Calcutta medical institutions reports 1879-81 [i.e.91]
Year: 1879
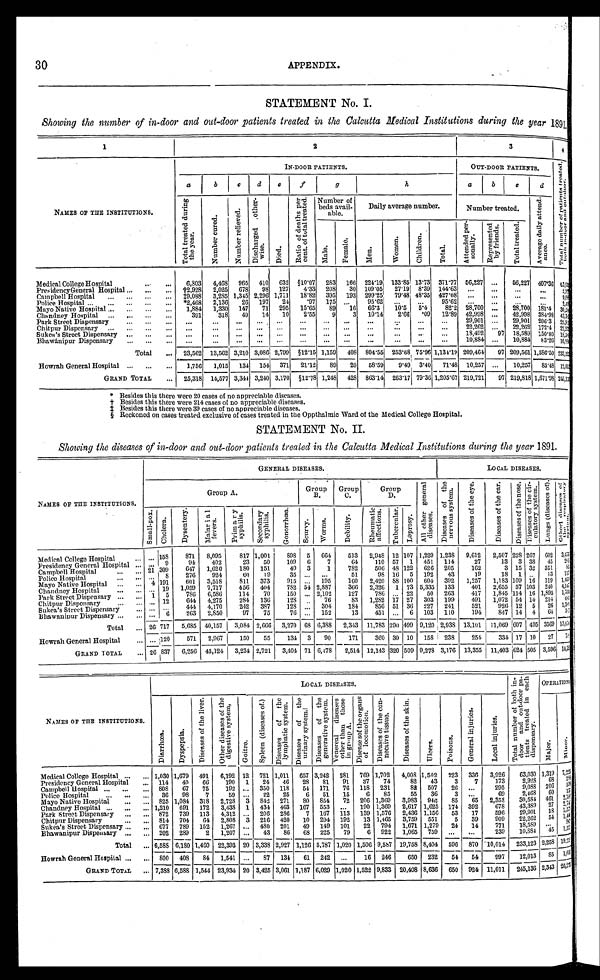
30
APPENDIX.
STATEMENT No. I.
Showing the number of in-door and out-door patients treated in the Calcutta Medical Institutions during the year 1891.
1
2
3
NAMES OF THE INSTITUTIONS.
IN-DOOR PATIENTS.
OUT-DOOR PATIENTS.
,
.,
T o t a l n u m b e r o f p a t i e n t s t r e a t e d , b o t h i n - d o o r a n d o u t - d o o r .
a
b
c
d
e
f
g
h
a
b
e
d
T o t a l t r e a t e d d u r i n g t h e y e a r .
N u m b e r c u r e d .
N u m b e r r e l i e v e d .
D i s c h a r g e d o t h e r - w i s e .
D i e d .
R a t i o o f d e a t h s p e r c e n t o f t o t a l t r e a t e d . Number of
beds avail-
able.
Daily average number.
Number treated.
A v e r a g e d a i l y a t t e n d - a n c e .
M a l e .
F e m a l e .
M e n .
Women.
C h i l d r e n .
T o t a l .
A t t e n d e d p e r - s o n a l l y .
R e p r e s e n t e d b y f r i e n d s .
T o t a l t r e a t e d .
Medical College Hospital . . .
6,803
4,468
965
410
632
§10.07
283
166 221.19 133.85 13.73 371.77 56,227
. . .
56,227 407.36
6 3 , < i l l e g i b l e >
PresidencyGencral Hospital . . .
†2,928
2,025
678
98
127
4.33
208
30 109.05
27.19
8.39 144.63
. . .
. . .
. . .
. . .
2 , 9 < i l l e g i b l e >
1,711
18.82
Campbell Hospital . . .
‡9,088
3,285 1,345 2,296
395
193 299.25
79.48 48.35 427.08
. . .
. . .
. . .
. . .
9 , < i l l e g i b l e >
Police Hospital . . .
*2,468
2,136
26
197
24
97
175 . . .
95.62
. . .
. . .
95.62
. . .
. . .
. . .
. . .
2 , 4 < i l l e g i b l e >
Mayo Native Hospital . . .
1,884
1,330
147
71
295
15.65
89
16
66.3
10.5
5.4
82.2 28,700
. . .
28,700 181.4 30, 5<i l l egi bl e>
Chandney Hospital . . .
391
318
49
14
10
2.55
9
3
10.14
2.66
09
12.89 42,998
. . .
42,998 384.98 43, 3<i l l egi bl e>
Park Street Dispensary . . .
. . .
. . .
. . .
. . .
. . .
. . .
. . .
. . .
. . .
. . .
. . .
29,901
. . .
29,901 206.3
2 9 , 9 < i l l e g i b l e >
Chitpur Dispensary . . .
. . .
. . .
. . .
. . .
. . .
. . .
. . .
. . .
. . . . . .
. . .
. . .
22,262
. . .
22,262 172.4 22, 2<i l l egi bl e>
Sukea's Street Dispensary . . .
. . .
. . .
. . .
. . .
. . .
. . .
. . .
. . .
. . .
. . .
. . .
. . .
18,492
97 18,589 150.80
1 8 , 5 < i l l e g i b l e >
Bhawanipur Dispensary . . .
. . .
. . .
. . .
. . .
. . .
. . .
. . .
. . .
. . .
. . .
. . .
. . .
10,884
. . .
10,884
83.26 10,884
Total . . .
23,562 13,562 3,210 3,086 2,799 §12.15 1,159
408 804.55 253.68 75.96 1,134.19 209,464
97 209,561 1,586.50 233,123
Howrah General Hospital . . .
1,756
1,015
134
154
371
21.12
89
20
5 8 . 5 9
9.49
3.40
71.48 10,257
. . .
10,257
85.48 12,013
GRAND TOTAL . . .
25,318
14,577 3,344 3,240 3,170
§12.78 1,248
428
863.14
263.17 79.36 1,205.67 219,721
97 219,818 1,671.98 245,136
* Besides this there were 20 cases of no appreciable diseases.
† Be s i de s t hi s t he r e we r e 214 c a s e s of no a ppr e c i a bl e di s e a s e s .
‡ B e s i d e s t h i s t h e r e w e r e 3 9 c a s e s o f n o a p p r e c i a b l e d i s e a s e s .
§ Reckoned on cases treated exclusive of cases treated in the Oppthalmic Ward of the Medical College Hospital.
STATEMENT No. II.
Showing the diseases of in-door and out-door patients treated in the Calcutta Medical Institutions during the year 1891.
NAMES OP THE INSTITUTIONS.
GENERAL DISEASES.
LOCAL DISEASES.
Group A.
Group
B .
Group
C .
Group
D.
A l l o t h e r g e n e r a l d i s e a s e s .
D i s e a s e s o f t h e n e r v o u s s y s t e m .
D i s e a s e s o f t h e e y e .
D i s e a s e s o f t h e e a r .
D i e s e a s e s o f t h e n o s e .
D i e s e a s e s o f t h e c i r - c u l a t o r y s y s t e m . L u n g s ( d i s e a s e s o f ) .
O t h e r d i s e a s e s o f t h e r e s p i r a t o r y s y s t e m .
S ma l l - p o x .
C h o l e r a .
D y s e n t e r y
.
M a l a r i a l f e v e r s .
P r i m a r y s y p h i l i s .
S e c o n d a r y s y p h i l i s .
G o n o r r h œ a .
S c u r v y .
W o r m s .
D e b i l i t y .
R h e u m a t i c a f f e c t i o n s .
T u b e r c u l a r .
L e p r o s y .
Medical College Hospital . . .
. . . 158
871
8,095
817 1,001
898 5
664
513
2,948 12 107 1,229 1,238
9,612
2,507 228 267
6 0 2 3,476
. . .
9
94
402
23
50
109
6
7
64
110 57
1
451
114
27
13
3 38
45
2 0 5
Presidency General Hospital . . .
21 309
647
1,620
180
151
49
3
1
782
506 48 122
626
205
162
3 15 32
351
8 5
Campbell Hospital . . .
. . .
8
276
924
60
19
35 . . .
. . .
51
98 16
5
192
43
19
18
1
. . . 13
117
Police Hospital . . .
4 191
601
3,518
811
373
915 . . .
195
160
2,420
8 8 100
604
392
1,257
1,183 109 16
119 1,439
M a y o N a t i v e H o s p i t a l
. . . 19
1,059
7,717
456
404
782 54 2,887
366
2,326
1 73 5,335
133
401
2,655 57 103
240 4,147
Chandney Hospital . . .
1
5
786
6,586
114
70
150
. . . 2,102
127
786
. . . 22
50
263
417
1,845 114 16 1,895 1,764
Park Street Dispensary . . .
. . . 12
644
4,275
284
136
128
. . . 76
83
1,282 17 27
303
199
491
1,072 54 14
214
6 8 5
Chitpur Dispensary . . .
. . .
. . .
444
4,170
242
387
128
. . . 304
184
856 51 36
227
241
521
926 12
5
26 1,389
Sukea's Street Dispensary . . .
. . .
6
263
2,850
97
75
76 . . .
152
13
451
. . . 6
103
110
194
847 14
4
64
3 < i l l e g i b l e >
Bhawanipur Dispensary . . .
Total . . . 26 717
5,685 40,157
3,084 2,666 3,270
6 8 6,388
2,343
11,783 290 499 9,120 2,938 13,101
11,069 607 495 3569 13,674
Howrah General Hospital . . .
. . . 120
571
2,967
150
55
134 3
90
171
360 30 10
158
238
254
334 17 10
27
7 < i l l e g i b l e >
GRAND TOTAL . . . 26 837
6,256 43,124
3,234 2,721
3,404 71 6,478
2,514 12,143 320 509 9,278 3,176 13,355
11,403 624 505 3,596 14,33
NAMES OF THE INSTITUTIONS.
LOCAL DISEASES.
T o t a l n u m b e r o f b o t h i n - d o o r a n d o u t - d o o r p a - t i e n t s t r e a t e d i n e a c h d i s p e n s a r y .
OPERATIONS.
D i a r r h œ a .
D y s p e p s i a .
D i s e a s e s o f t h e l i v e r .
O t h e r d i s e a s e s o f t h e d i g e s t i v e s y s t e m .
G o i t r e .
S p l e e n ( d i s e a s e s o f . )
D i s e a s e s o f t h e l y m p h a t i c s y s t e m .
D i s e a s e s o f t h e u r i n a r y s y s t e m .
D i s e a s e s o f t h e g e n e r a t i v e s y s t e m .
V e n e r e a l d i s e a s e s o t h e r t h a n t h o s e i n g r o u p A .
D i s e a s e s o f t h e o r g a n s o f l o c o m o t i o n .
D i s e a s e s o f t h e c o n - n e c t i v e t i s s u e .
D i s e a s e s o f t h e s k i n .
U l c e r s .
P o i s o n s .
G e n e r a l i n j u r i e s .
L o c a l i n j u r i e s .
M a j o r .
M i n o r .
Medical College Hospital . . . 1,030 1,679
491
6,192 12
721 1,011
657 3,242
281
769 1,702
4,008 1,502
223
336
3,926
63,030 1,319 7,223 2 8 8
Presidency General Hospital . . . 114
40
66
190
1
24
46
28
81
91
37
74
82
43
3
7
173
2,928
68
5 9 9
Campbell Hospital . . . 808
67
75
192
. . . 350
118
54
171
76
118
231
82
507
26
. . .
295
9,088
206
1 3 7
Police Hospital . . .
36
98
7
59 . . .
22
25
6
51
15
6
85
55
36
3
. . .
69
2,468
6 0
2.706
Mayo Native Hospital . . . 825 1,084
318
2,728
3
842
271
8 0 854
72
206 1,369
3,983
946
85
65
2,358
30,584
461
2,747
27
Chandney Hospital . . . 1,210
691
172
3,438
1
434
463
167
553
. . .
190 1,369
2,617 1,625
174
392
678
43,389
1,573
Park Street Dispensary . . . 872
739
113
4,312
. . . 206
286
7
167
113
139 1,576
2,436 1,156
53
17
596
29,901
18
1,446
Chitpur Dispensary . . . 814
704
64 2,808
.3
216
420
10
294
192
13 1,465
3,759
551
5
39
909
22,262
54
9 6 3
Sukea's Street Dispensary . . . 677
789
152
1,267
. . . 480
201
49
149
101
22
794
1,671 1,279
24
14
771
18,589
. . .
1 , 5 2 5
Bhawanipur Dispensary . . . 202
289
2
1,207 . . .
43
86
68
225
79
6
922
1,065
759
. . .
. . .
239
10,884
45
19,525
Total . . . 6,588 6,180 1,460 22,393 20 3,338 2,927 1,126 5,787 1,020 1,506 9,587 19,758 8,404
596
870 ' 10,014
233,123
_
2,258
1 , 0 5 6
Howrah General Hospital . . .
800
4 0 8 --
84
1,541 . . .
87
134
61
242
. . .
16
246
650
232
54
54
997
12,013
8 5
2 0 , 2 7 5
GRAND TOTAL . . . 7,388 6,588 1,544 23,934 20 3,425 3,061 1,187 6,029 1,020 1,522 9,833 20,408 8,636
650
924 11,011
245,136 2,343